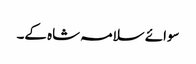
سوائے سلامہ شاہ کے۔